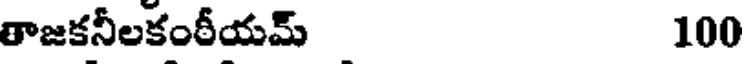
తాజకనీలకంరీయమ్ 100